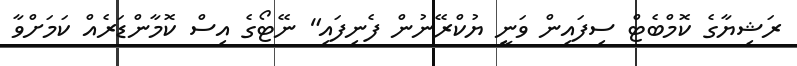
ރަޝިޔާގެ ކޮމްބެޓް ސިފައިން ވަނީ ޔުކްރޭނުން ފެނިފައި" ނޭޓޯގެ އިސް ކޮމާންޑަރެއް ކަމަށްވާ